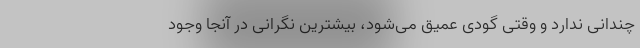
چندانی ندارد و وقتی گودی عمیق می‌شود، بیشترین نگرانی در آنجا وجود